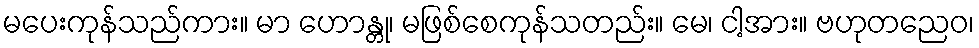
မပေးကုန်သည်ကား။ မာ ဟောန္တု၊ မဖြစ်စေကုန်သတည်း။ မေ၊ ငါ့အား။ ဗဟုတညေဝ၊